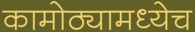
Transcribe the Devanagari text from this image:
कामोठ्यामध्येच